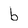
Character: b